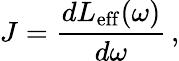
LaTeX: J=\frac{dL_{\mathrm{eff}}(\omega)}{d\omega}\, ,